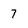
Character: 7